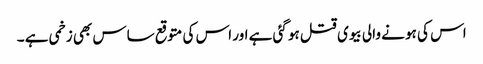
اس کی ہو نے والی بیوی قتل ہو گئی ہے اور اس کی متوقع ساس بھی زخمی ہے ۔